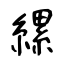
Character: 縲